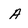
Character: A